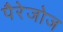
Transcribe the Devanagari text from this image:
पैरेजोज